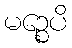
မဉ္စေပိ